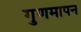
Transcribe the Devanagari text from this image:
गुणमापन